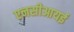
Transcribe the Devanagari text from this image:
एनसीआयई